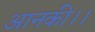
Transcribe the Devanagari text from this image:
आनकी।।